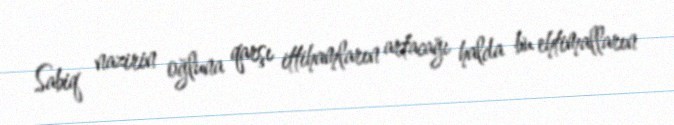
Sabiq nazirin oğluna qarşı ittihamların artacağı halda bu ehtimalların